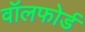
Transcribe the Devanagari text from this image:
वॉलफोर्ड